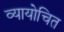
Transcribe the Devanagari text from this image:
व्यायोचित